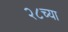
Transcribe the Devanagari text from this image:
२८च्या